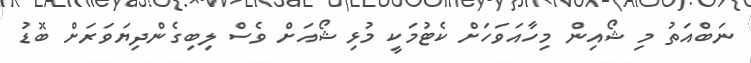
ނަބްއަތު މި ޝޯއިން މިހާއަވަހަށް ކެޓުމަކީ މުޅި ޝޯއަށް ވެސް ލިބިގެންދިޔަވަރަށް ބޮޑު